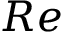
R e